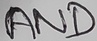
Text: AND